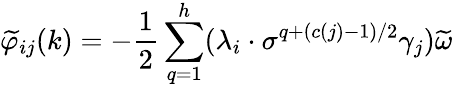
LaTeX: \widetilde{\varphi}_{ij}(k)=-\frac{1}{2}\sum_{q=1}^{h}(\lambda_{i}\cdot\sigma^{q+(c(j)-1)/2}\gamma_{j})\widetilde{\omega}